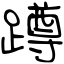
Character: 蹲